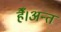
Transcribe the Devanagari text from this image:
हैँ।अन्त